Civil Veterinary Department Bihar reports 1936-40 - 1936-1940
Year: 1936
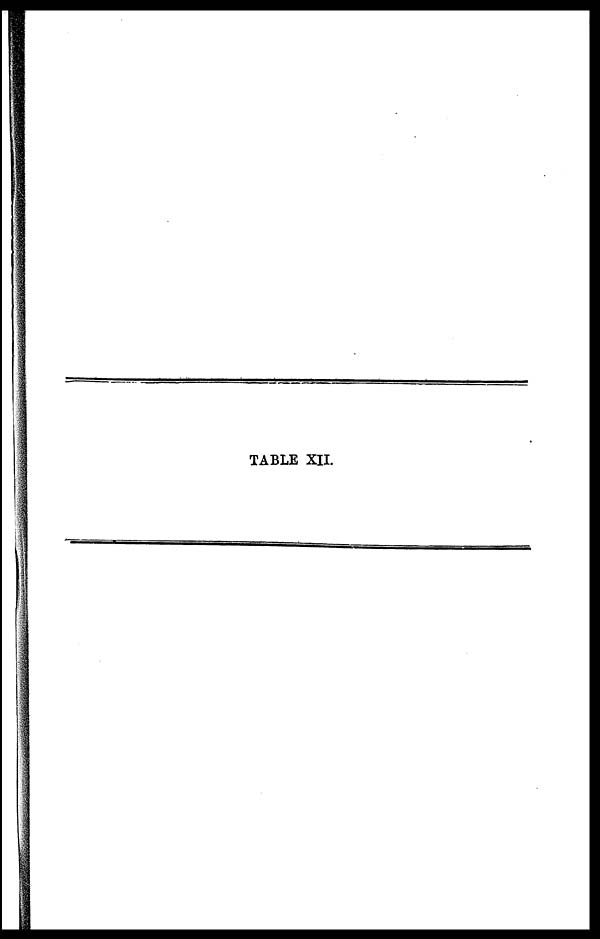
TABLE XII.